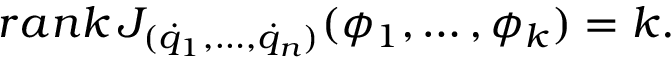
r a n k \, J _ { ( { \dot { q } } _ { 1 } , \dots , { \dot { q } } _ { n } ) } ( \phi _ { 1 } , \dots , \phi _ { k } ) = k .